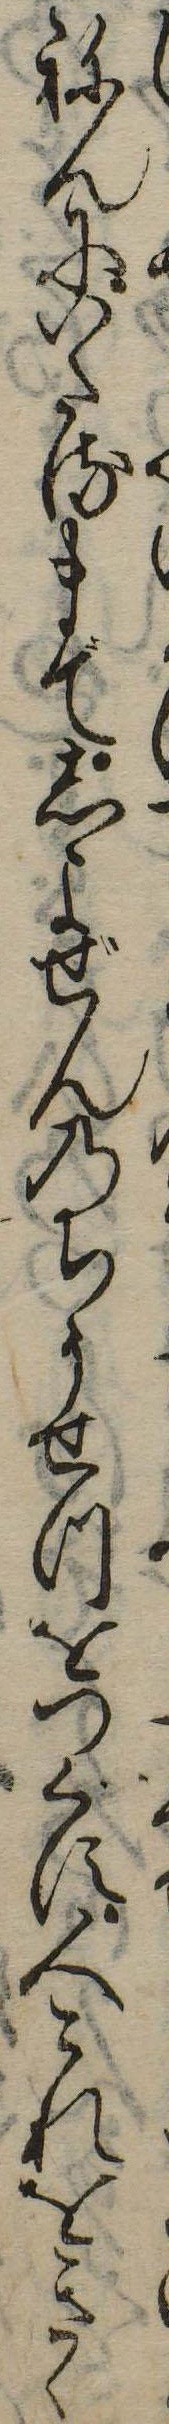
ねんにいたるまてしよぜんのちうせつをつくす人これをきゝ